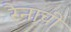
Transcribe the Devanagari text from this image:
रैनाची